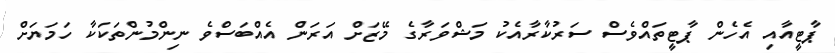
ޕާޓީއާއި އެހެން ޕާޓީތައްވެސް ސަރުކާރާއެކު މަޝްވަރާގެ މޭޒަށް އަރަން އެއްބަސްވެ ނިންމުންތަކަކާ ހަމަޔަށް